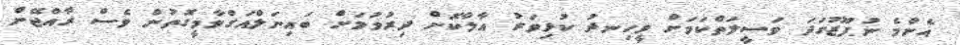
އެންމެ ނުފޫޒުގަދަ ވަސީލަތްކަމަށް ވީހިނދު ކުޅިވަރު އާލާކޮށް ދިރުވުމަށް ބައިނަލްއަގްވާމީގޮތުން ވެސް ރާއްޖޭން